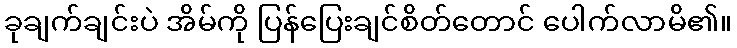
ခုချက်ချင်းပဲ အိမ်ကို ပြန်ပြေးချင်စိတ်တောင် ပေါက်လာမိ၏။